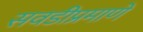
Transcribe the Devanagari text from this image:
सवडीप्रमाणे